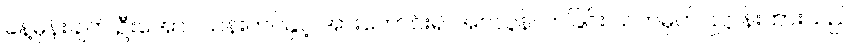
ခန့်မှန်းချက် ဦးအောင်သန်းတင်နှင့် အားကောင်း၍ အဝလွန်လာခြင်း သတ်မှတ်ပြဋ္ဌာန်းထားသည်